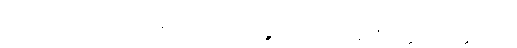
အကျယ်အားဖြင့်။ အာဂမိဿတိ၊ လာလတ္တံ့။ ဧဝံ၊ ဤသို့။ ဧတံ ဝတ္ထု၊ ဤဝတ္ထုသည်။